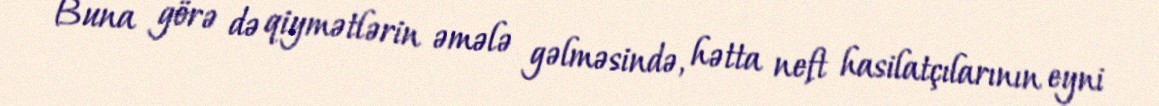
Buna görə də qiymətlərin əmələ gəlməsində, hətta neft hasilatçılarının eyni